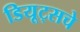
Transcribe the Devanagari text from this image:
डियूट्सचे